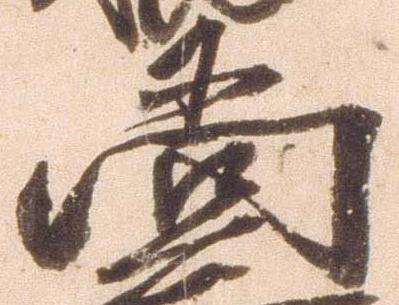
尚